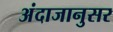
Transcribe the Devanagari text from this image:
अंदाजानुसर